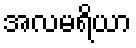
အလမရိယာ